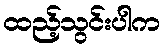
ထည့်သွင်းပါက